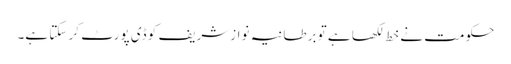
حکومت نے خط لکھا ہے تو برطانیہ نوازشریف کو ڈی پورٹ کر سکتا ہے۔